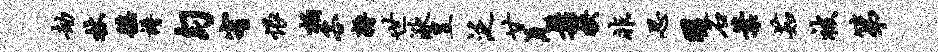
劫杖徭谱匀宥恨柏客耨世湫昱泛廿羌松抉非忍暖石叶茹被第